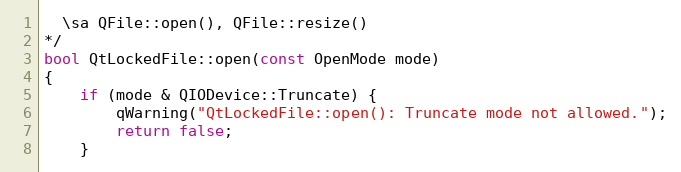
Language: C++
  \sa QFile::open(), QFile::resize()
*/
bool QtLockedFile::open(const OpenMode mode)
{
    if (mode & QIODevice::Truncate) {
        qWarning("QtLockedFile::open(): Truncate mode not allowed.");
        return false;
    }